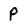
Character: P